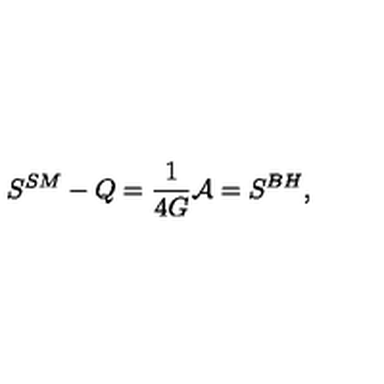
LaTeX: S ^ { S M } - Q = { \frac { 1 } { 4 G } } { \cal A } = S ^ { B H } ,